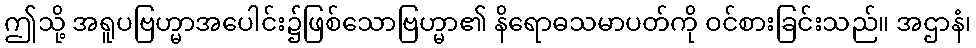
ဤသို့ အရူပဗြဟ္မာအပေါင်း၌ဖြစ်သောဗြဟ္မာ၏ နိရောဓသမာပတ်ကို ဝင်စားခြင်းသည်။ အဌာနံ၊